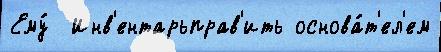
Ему́  Инв'ентарьправ'ить основа́т'ел'ем